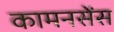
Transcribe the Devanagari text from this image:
कामनसेंस